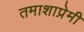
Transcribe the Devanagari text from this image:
तमाशाप्रेमी